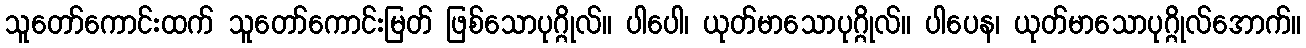
သူတော်ကောင်းထက် သူတော်ကောင်းမြတ် ဖြစ်သောပုဂ္ဂိုလ်။ ပါပေါ၊ ယုတ်မာသောပုဂ္ဂိုလ်။ ပါပေန၊ ယုတ်မာသောပုဂ္ဂိုလ်အောက်။